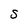
Character: s